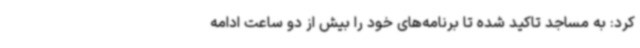
کرد: به مساجد تاکید شده تا برنامه‌های خود را بیش از دو ساعت ادامه